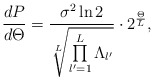
\begin{align*}\frac{dP}{d\Theta}=\frac{ \sigma^2 \ln 2}{\sqrt[L]{\prod\limits_{l'=1}^L{\Lambda}_{l'}}}\cdot 2^{\frac{\Theta}{L}},\end{align*}